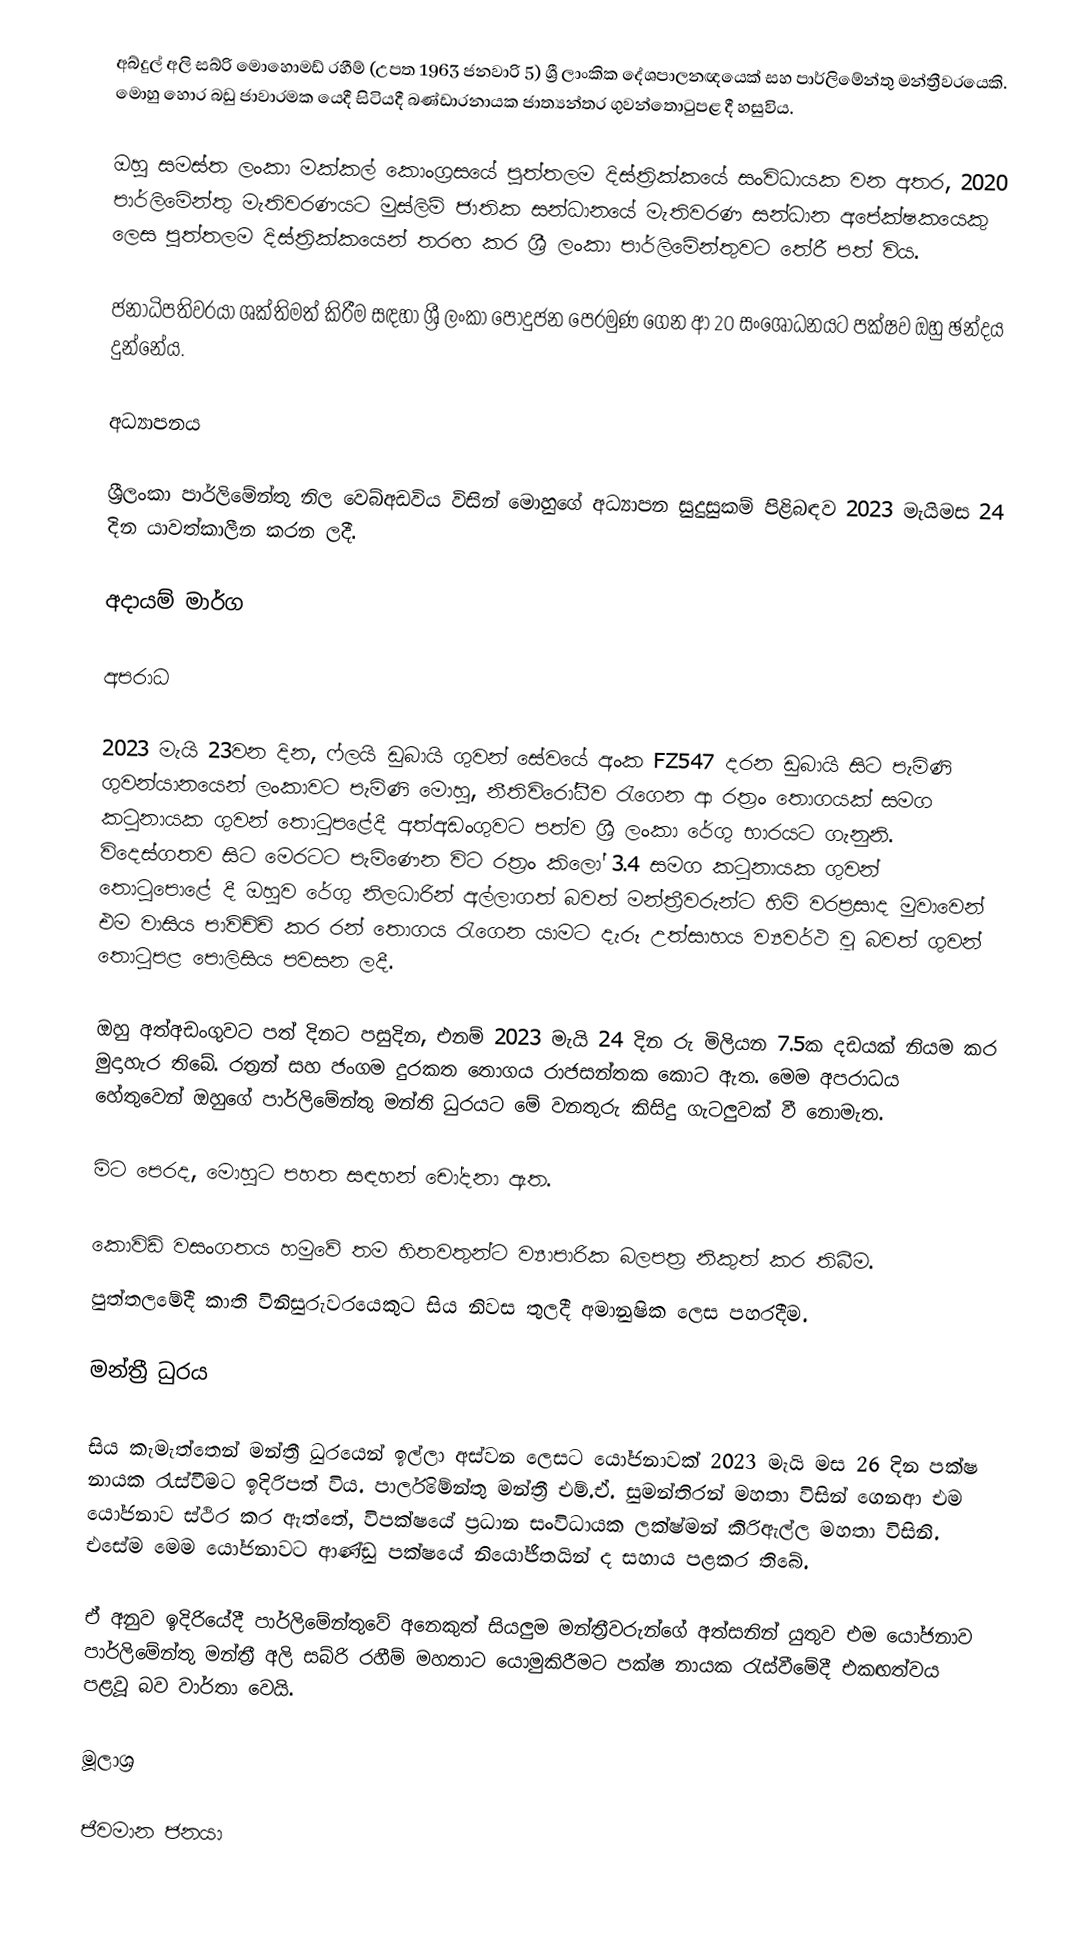
අබ්දුල් අලි සබ්රි මොහොමඩ් රහීම් (උපත 1963 ජනවාරි 5) ශ්‍රී ලාංකික දේශපාලනඥයෙක් සහ පාර්ලිමේන්තු මන්ත්‍රීවරයෙකි. මොහු හොර බඩු ජාවාරමක යෙදී සිටියදී බණ්ඩාරනායක ජාත්‍යන්තර ගුවන්තොටුපළ දී හසුවිය.

ඔහු සමස්ත ලංකා මක්කල් කොංග්‍රසයේ පුත්තලම දිස්ත්‍රික්කයේ සංවිධායක වන අතර, 2020 පාර්ලිමේන්තු මැතිවරණයට මුස්ලිම් ජාතික සන්ධානයේ මැතිවරණ සන්ධාන අපේක්ෂකයෙකු ලෙස පුත්තලම දිස්ත්‍රික්කයෙන් තරඟ කර ශ්‍රී ලංකා පාර්ලිමේන්තුවට තේරී පත් විය.

ජනාධිපතිවරයා ශක්තිමත් කිරීම සඳහා ශ්‍රී ලංකා පොදුජන පෙරමුණ ගෙන ආ 20 සංශෝධනයට පක්ෂව ඔහු ඡන්දය දුන්නේය.

අධ්‍යාපනය

ශ්‍රීලංකා පාර්ලිමේන්තු නිල වෙබ්අඩවිය විසින් මොහුගේ අධ්‍යාපන සුදුසුකම් පිළිබඳව 2023 මැයිමස 24 දින යාවත්කාලීන කරන ලදී.

අදායම් මාර්ග

අපරාධ

2023 මැයි 23වන දින, ෆ්ලයි ඩුබායි ගුවන් සේවයේ අංක FZ547 දරන ඩුබායි සිට පැමිණි ගුවන්යානයෙන් ලංකාවට පැමිණි මොහු, නීතිවිරෝධීව රැගෙන ආ රත්‍රං තොගයක් සමග  කටුනායක ගුවන් තොටුපළේදී අත්අඩංගුවට පත්ව ශ්‍රී ලංකා රේගු භාරයට ගැනුනි. විදෙස්ගතව සිට මෙරටට පැමිණෙන විට රත්‍රං කිලෝ 3.4 සමග කටුනායක ගුවන් තොටුපොළේ දී ඔහුව රේගු නිලධාරින් අල්ලාගත් බවත් මන්ත්‍රීවරුන්ට හිමි වරප්‍රසාද මුවාවෙන් එම වාසිය පාවිච්චි කර රන් තොගය රැගෙන යාමට දැරූ උත්සාහය ව්‍යවර්ථ වූ බවත් ගුවන් තොටුපළ පොලිසිය පවසන ලදී.

ඔහු අත්අඩංගුවට පත් දිනට පසුදින, එනම් 2023 මැයි 24 දින රු මිලියන 7.5ක දඩයක් නියම කර මුදාහැර තිබේ. රත්‍රන් සහ ජංගම දුරකත තොගය රාජසන්තක කොට ඇත. මෙම අපරාධය හේතුවෙන් ඔහුගේ පාර්ලිමේන්තු මන්ති ධුරයට මේ වනතුරු කිසිදු ගැටලුවක් වී නොමැත.

මිට පෙරද, මොහුට පහත සඳහන් චෝදනා ඇත.

 කොවිඩ් වසංගතය හමුවේ තම හිතවතුන්ට ව්‍යාපාරික බලපත්‍ර නිකුත් කර තිබීම.
 පුත්තලමේදී කාති විනිසුරුවරයෙකුට සිය නිවස තුලදී අමානුෂික ලෙස පහරදීම.

මන්ත්‍රී ධුරය

සිය කැමැත්තෙන් මන්ත්‍රී ධුරයෙන් ඉල්ලා අස්වන ලෙසට යෝජනාවක් 2023 මැයි මස 26 දින පක්ෂ නායක රැස්වීමට ඉදිරිපත් විය. පාර්ලිමේන්තු මන්ත්‍රී එම්.ඒ. සුමන්තිරන් මහතා විසින් ගෙනආ එම යෝජනාව ස්ථිර කර ඇත්තේ, විපක්ෂයේ ප්‍රධාන සංවිධායක ලක්ෂ්මන් කිරිඇල්ල මහතා විසිනි. එසේම මෙම යෝජනාවට ආණ්ඩු පක්ෂයේ නියෝජිතයින් ද සහාය පළකර තිබේ.

ඒ අනුව ඉදිරියේදී පාර්ලිමේන්තුවේ අනෙකුත් සියලුම මන්ත්‍රීවරුන්ගේ අත්සනින් යුතුව එම යෝජනාව පාර්ලිමේන්තු මන්ත්‍රී අලි සබ්රි රහීම් මහතාට යොමුකිරීමට පක්ෂ නායක රැස්වීමේදී එකඟත්වය පළවූ බව වාර්තා වෙයි.

මූලාශ්‍ර

ජීවමාන ජනයා